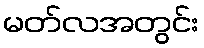
မတ်လအတွင်း